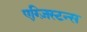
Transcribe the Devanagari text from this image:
एग्ज़िस्टन्स